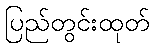
ပြည်တွင်းထုတ်